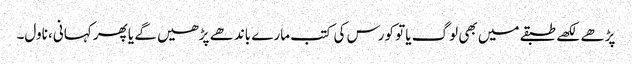
پڑھے لکھے طبقے میں بھی لوگ یا تو کورس کی کتب مارے باندھے پڑھیں گے یا پھر کہانی، ناول۔